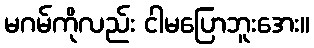
မဂမ်ကိုလည်း ငါမပြောဘူးအေး။